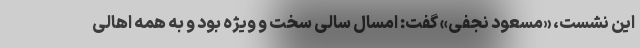
این نشست، «مسعود نجفی» گفت: امسال سالی سخت و ویژه بود و به همه اهالی